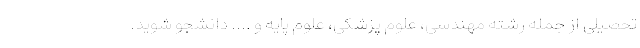
تحصیلی از جمله رشته مهندسی، علوم پزشکی، علوم پایه و .... دانشجو شوید.